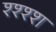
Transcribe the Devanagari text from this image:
श्श्श्श